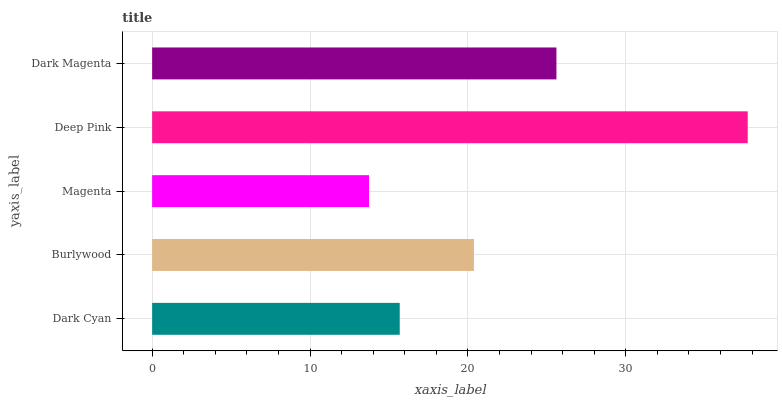
| yaxis_label | bars |
 | --- | --- |
 | Dark Cyan | 15.7 |
 | Burlywood | 20.4 |
 | Magenta | 13.7 |
 | Deep Pink | 37.7 |
 | Dark Magenta | 25.6 |